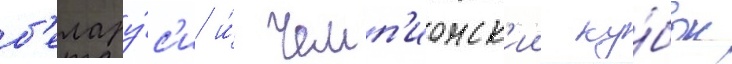
б'елару́с'и и́ чемп'ионск'ии ку́бок